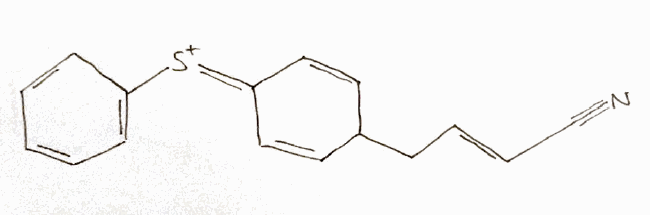
Simplified molecular-input line-entry system (SMILES) notation of the given molecule:
C1=CC=C(C=C1)[S+]=C2C=CC(C=C2)C/C=C/C#N